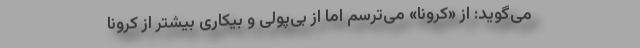
می‌گوید: از «کرونا» می‌ترسم اما از بی‌پولی و بیکاری بیشتر از کرونا